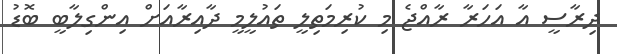
ދިރާސީ އާ އަހަރާ ރާއްޖެ މި ކުރިމަތިލީ ތައުލީމީ ދާއިރާއަށް އިންގިލާބީ ބޮޑު